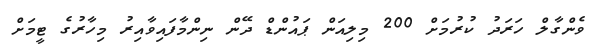
ވެންގާލް ހަރަދު ކުރުމަށް 200 މިލިއަން ޕައުންޑް ދޭން ނިންމާފައިވާއިރު މިހާރުގެ ޓީމަށް